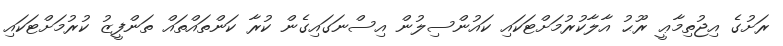
ރަށުގެ އިޖުތިމާޢީ ރޫޙު އާލާކުރުމަށްޓަކައި ކައުންސިލުން އިސްނަގައިގެން ކުރާ ކަންތައްތައް ތަންފީޒު ކުރުމަށްޓަކައި